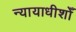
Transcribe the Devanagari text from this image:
न्यायाधीशोँ